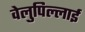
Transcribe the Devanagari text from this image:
वेलुपिल्लाई